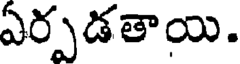
ఏర్పడతాయి.